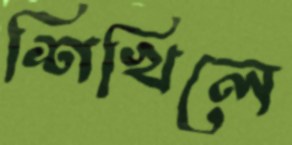
শিখিলে